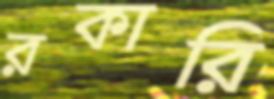
রকারি